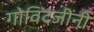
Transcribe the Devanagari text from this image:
गोविंदजींनी